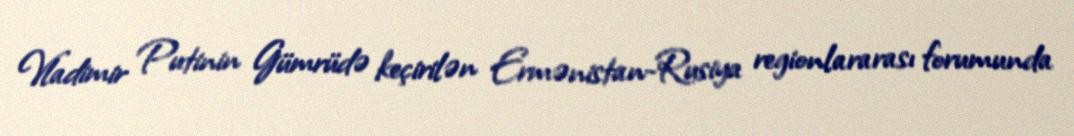
Vladimir Putinin Gümrüdə keçirilən Ermənistan-Rusiya regionlararası forumunda